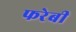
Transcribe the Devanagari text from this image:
फरेबी